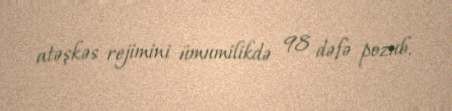
atəşkəs rejimini ümumilikdə 98 dəfə pozub.